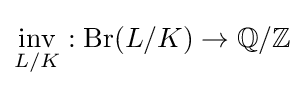
{\underset {L/K}{\operatorname {inv} }}:\operatorname {Br} (L/K)\rightarrow \mathbb {Q} /\mathbb {Z}